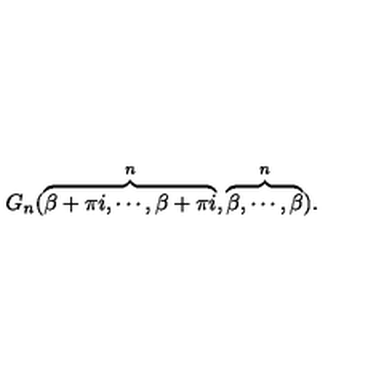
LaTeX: G _ { n } ( \overbrace { \beta + \pi i , \cdots , \beta + \pi i } ^ { n } , \overbrace { \beta , \cdots , \beta } ^ { n } ) .